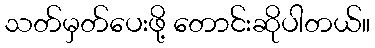
သတ်မှတ်ပေးဖို့ တောင်းဆိုပါတယ်။